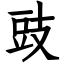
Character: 豉